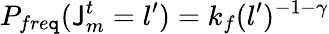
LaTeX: P_{fre\mathtt{q}}(\mathsf{J}_{m}^{t}=l^{\prime})=k_{f}(l^{\prime})^{-1-\gamma}